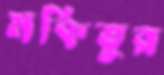
মকিতুর